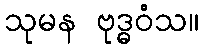
သုမန ဗုဒ္ဓဝံသ။